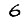
Digit: 6